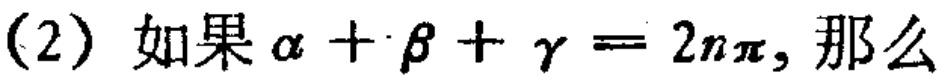
(2) 如果\(\alpha+\beta+\gamma = 2n\pi\), 那么